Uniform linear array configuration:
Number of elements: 32
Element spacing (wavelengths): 0.75
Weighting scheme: hamming
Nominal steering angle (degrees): -45
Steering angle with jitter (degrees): -45.169
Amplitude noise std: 0.05
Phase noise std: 0.05

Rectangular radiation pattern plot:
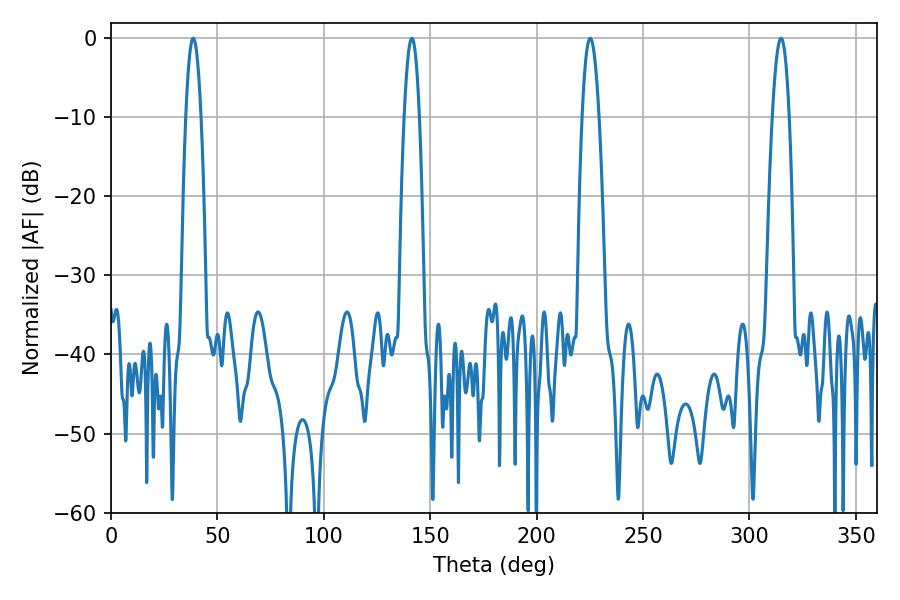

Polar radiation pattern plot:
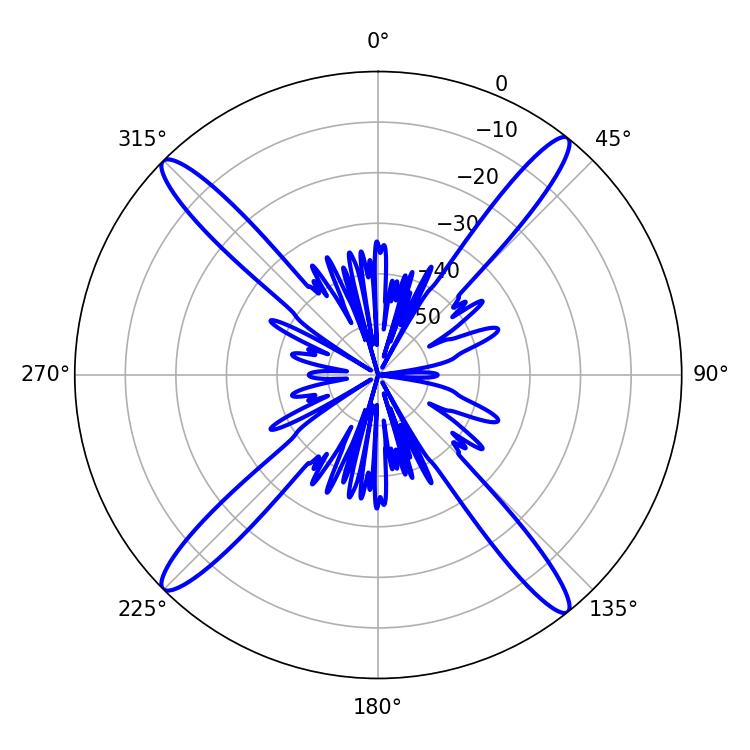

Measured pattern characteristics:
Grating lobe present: TRUE
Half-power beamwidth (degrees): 4.32
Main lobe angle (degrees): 225.18